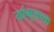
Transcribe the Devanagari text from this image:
यांगूनच्या